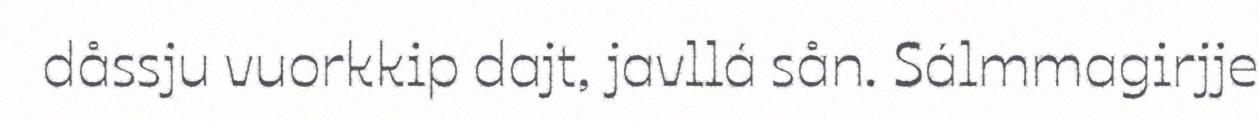
dåssju vuorkkip dajt, javllá sån. Sálmmagirjje